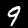
Label: 9